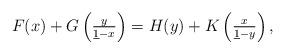
LaTeX: \begin{align*}F(x)+ G\left(\tfrac{y}{\underline{1}-x}\right)=H(y)+K\left(\tfrac{x}{\underline{1}-y}\right),\end{align*}